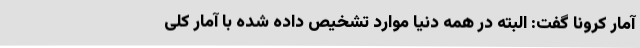
آمار کرونا گفت: البته در همه دنیا موارد تشخیص داده شده با آمار کلی